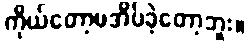
ကိုယ်တော့မအိပ်ခဲ့တော့ဘူး။